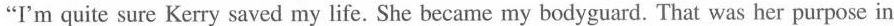
"I'm quite sure Kerry saved my life. She became my bodyguard. That was her purpose in